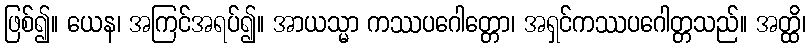
ဖြစ်၍။ ယေန၊ အကြင်အရပ်၍။ အာယသ္မာ ကဿပဂေါတ္တော၊ အရှင်ကဿပဂေါတ္တသည်။ အတ္ထိ၊